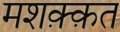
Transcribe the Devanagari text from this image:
मशक़्क़त